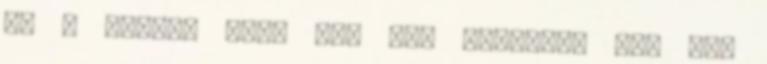
ha a műtéti sebe még nem gyógyult be, nem